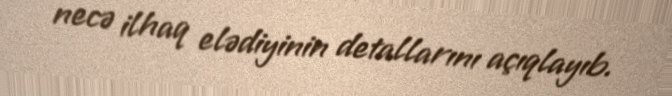
necə ilhaq elədiyinin detallarını açıqlayıb.